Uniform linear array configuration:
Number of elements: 8
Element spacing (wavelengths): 0.5
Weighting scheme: cosine
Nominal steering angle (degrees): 15
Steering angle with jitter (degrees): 13.912
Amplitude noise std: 0.05
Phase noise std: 0.05

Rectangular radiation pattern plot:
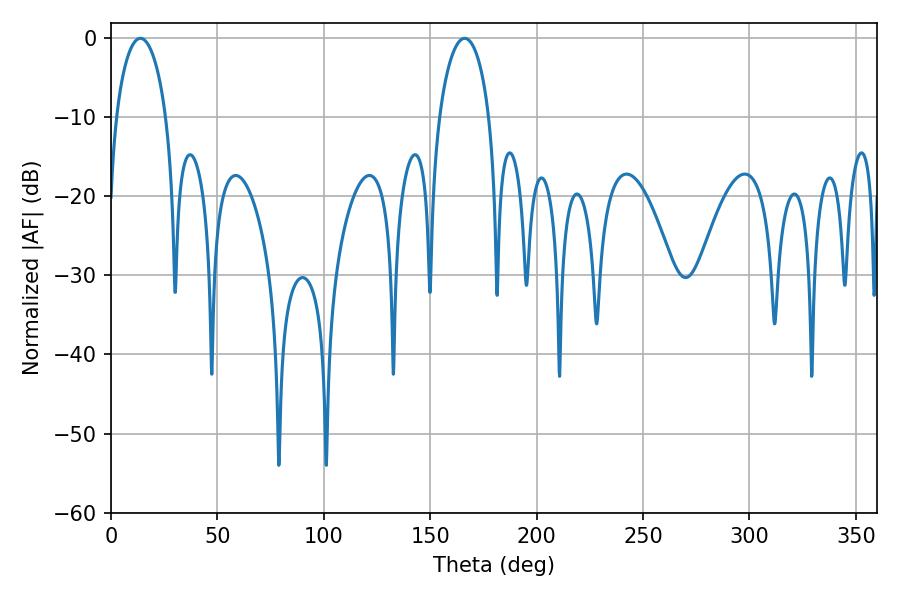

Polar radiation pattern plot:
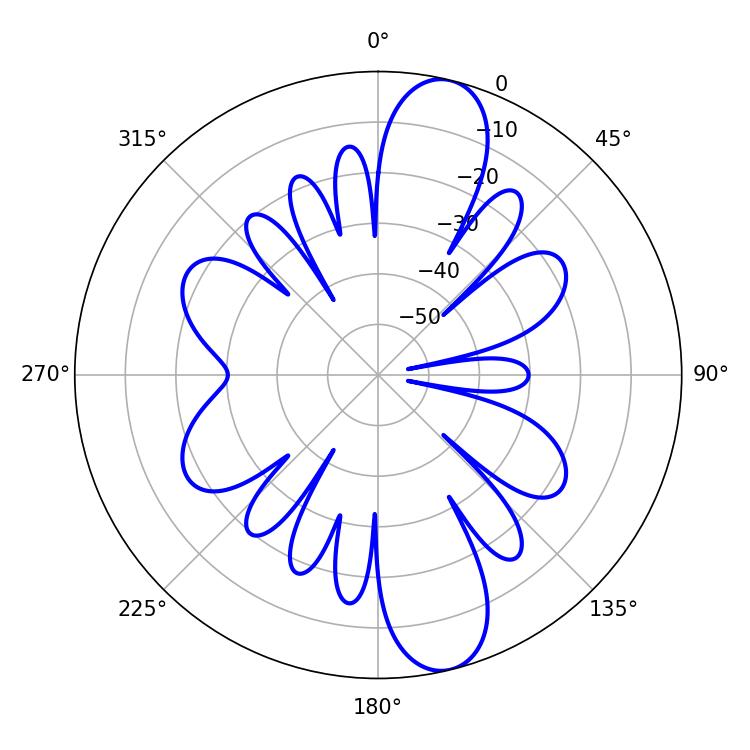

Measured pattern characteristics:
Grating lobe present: FALSE
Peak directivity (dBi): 12.391
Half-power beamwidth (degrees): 13.5
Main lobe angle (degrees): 13.86